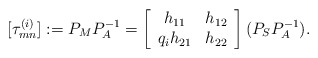
\begin{align*} [\tau_{mn}^{(i)}] :=P_{M} P_{A}^{-1} = \left[\begin{array}{cc} {h_{11} } & {h_{12} } \\ {q_{i} h_{21} } & {h_{22} } \end{array}\right] (P_{S} P_{A}^{-1}).\end{align*}